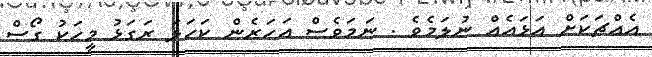
އެއްޗަކަށް އަޅައެއް ނުލަމެވެ . ނަމަވެސް އަހަރެން ކަހަލަ ރަގަޅު މީހަކު ގޯސް